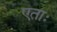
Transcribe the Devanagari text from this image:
एताः